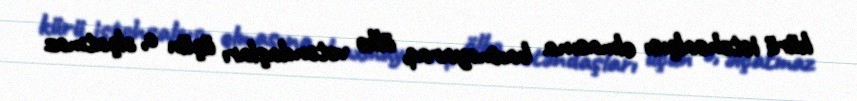
kürü istehsalçısı olmasına baxmayaraq, ölkə vətəndaşları üçün o, əlçatmaz